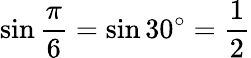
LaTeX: \sin{\frac{\pi}{6}}=\sin 30^{\circ}={\frac{1}{2}}